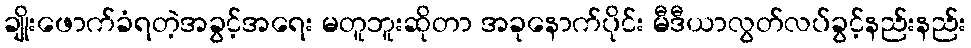
ချိုးဖောက်ခံရတဲ့အခွင့်အရေး မတူဘူးဆိုတာ အခုနောက်ပိုင်း မီဒီယာလွတ်လပ်ခွင့်နည်းနည်း